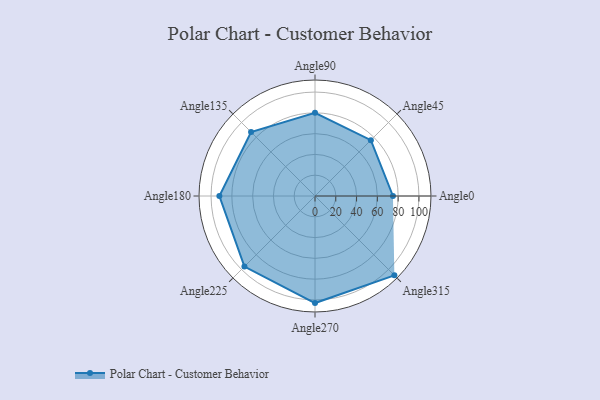
{"axis": {"x": "Angle", "y": "Radius"}, "legend": [""], "data": [{"x": "Angle0", "y": 75.0, "type": ""}, {"x": "Angle45", "y": 76.0, "type": ""}, {"x": "Angle90", "y": 80.0, "type": ""}, {"x": "Angle135", "y": 87.0, "type": ""}, {"x": "Angle180", "y": 92.0, "type": ""}, {"x": "Angle225", "y": 96.0, "type": ""}, {"x": "Angle270", "y": 103.0, "type": ""}, {"x": "Angle315", "y": 108.0, "type": ""}]}